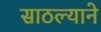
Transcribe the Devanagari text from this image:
साठल्याने